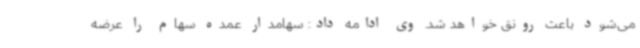
می‌شود باعث رونق خواهد شد. وی ادامه داد: سهامدار عمده سهام را عرضه